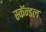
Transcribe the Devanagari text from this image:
स्कॅन्डल